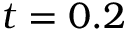
t = 0 . 2